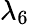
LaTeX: \lambda_{6}